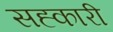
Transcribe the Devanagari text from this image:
सह्कारी